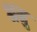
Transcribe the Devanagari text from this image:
श्रमु